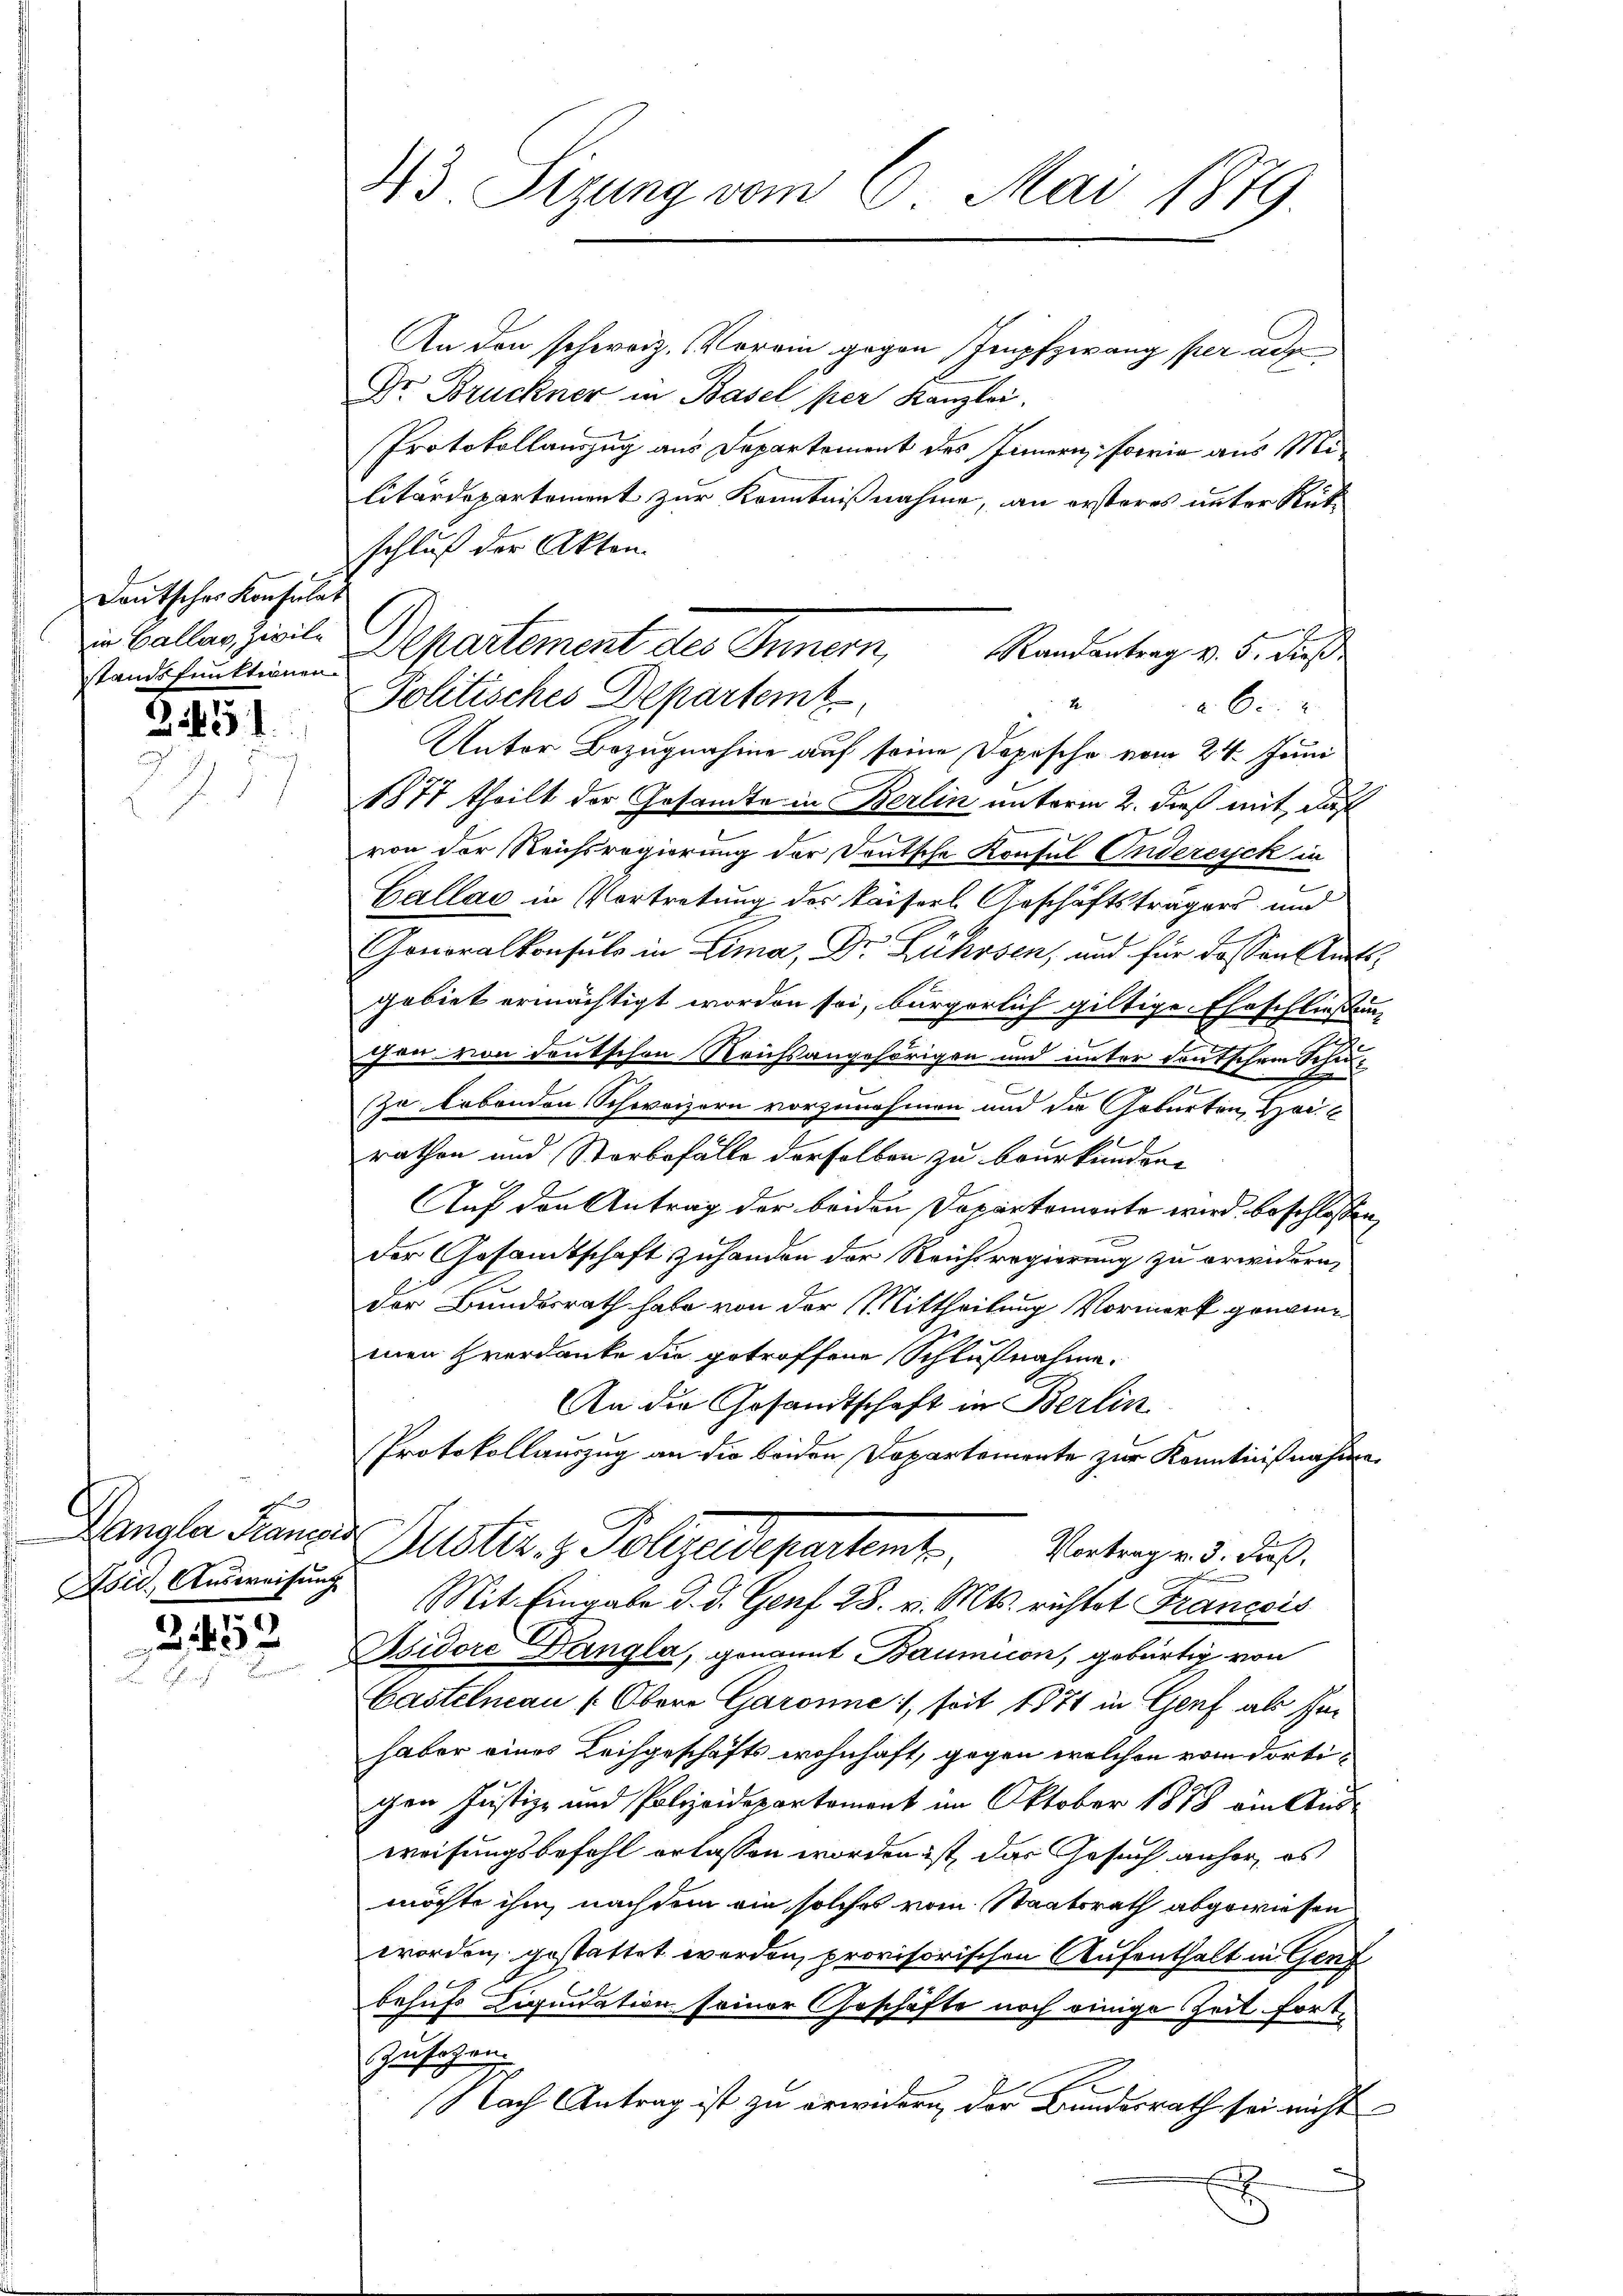
Deutsches Konsulat
stainsfunktionen.

31651

x
Dangler Manzend
Asid. Ausweisung

43. Sizung vom 6. Mai 1879

An den schweiz. Verein gegen Impfzwang per ad
Dr. Bruckner in Basel per Kanzlei.
Protokollauszug aus Departement des Innern, sowie aus Militärdepartement zur Kenntnißnahme, an ersteres unter Rütschluß der Akten.
Politisches Departeme
 60
Unter Bezugnahme auf seine Dopische vom 24. Juni
1877 theilt der Gesandte in Berlin unterm 2. dieß mit, daß
von der Reichsregierung der Deutsche Konsul Enderesich in
Gallas in Vortretung des Kaiserl. Geschäftsträgers und
Gonoralkonsuls in Lima, Dr. Rührsen, und für dassen Antigebiet ermächtigt worden sei, bürgerlich giltige Eheschließen
6
chen von deutschen Reichsangehörigen und unter deutschem Scheue
Zu lebenden Schweizern vorzunehmen und die Geburten, Hoc
rathen und Sterbefälle derselben zu beurkunden.
Auf den Antrag der beiden Departemonte wird beschlossen
Der Gesandtschaft zuhanden der Reichsregierung zu erwidern,
der Bundesrath habe von der Mittheilung Vormerk genom
men verdanke die getroffene Schlußnahme.
An die Gesandtschaft in Berlin
Protokollauszug an die beiden Departemente zur Kenntnißnahme
Puster- & Polizeidepartent . .   Vertragen d. daß
Mit Eingabe d. d. Genf 28. v. Mts. richtet Francois
 Hidore Dangla, genannt Baumicon, gebürtig von
Castelmann (Obere Garonne, seit 1871 in Genf als Inhaber eines Leihgeschäfts wohnhaft, gegen welchen vom dortigen Justiz- und Polizeidepartement im Oktober 1878 ein Ausweisungsbefohl erlassen worden ist, das Gesuch anher, es
möchte ihm, nachdem ein solches vom Staatsrath abgewiesen
worden, gestattet werden, provisorischen Aufenthalt in Genf
behufs Liquidation seiner Geschäfte noch einige Zeit fortzusehen.
Nach Antrag ist zu erwidern, der Bundesrath sei nicht

in Balles zivil. Departement des Innern, Randentrag v. 5. dieß